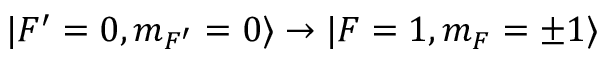
| F ^ { \prime } = 0 , m _ { F ^ { \prime } } = 0 \rangle \rightarrow | F = 1 , m _ { F } = \pm 1 \rangle